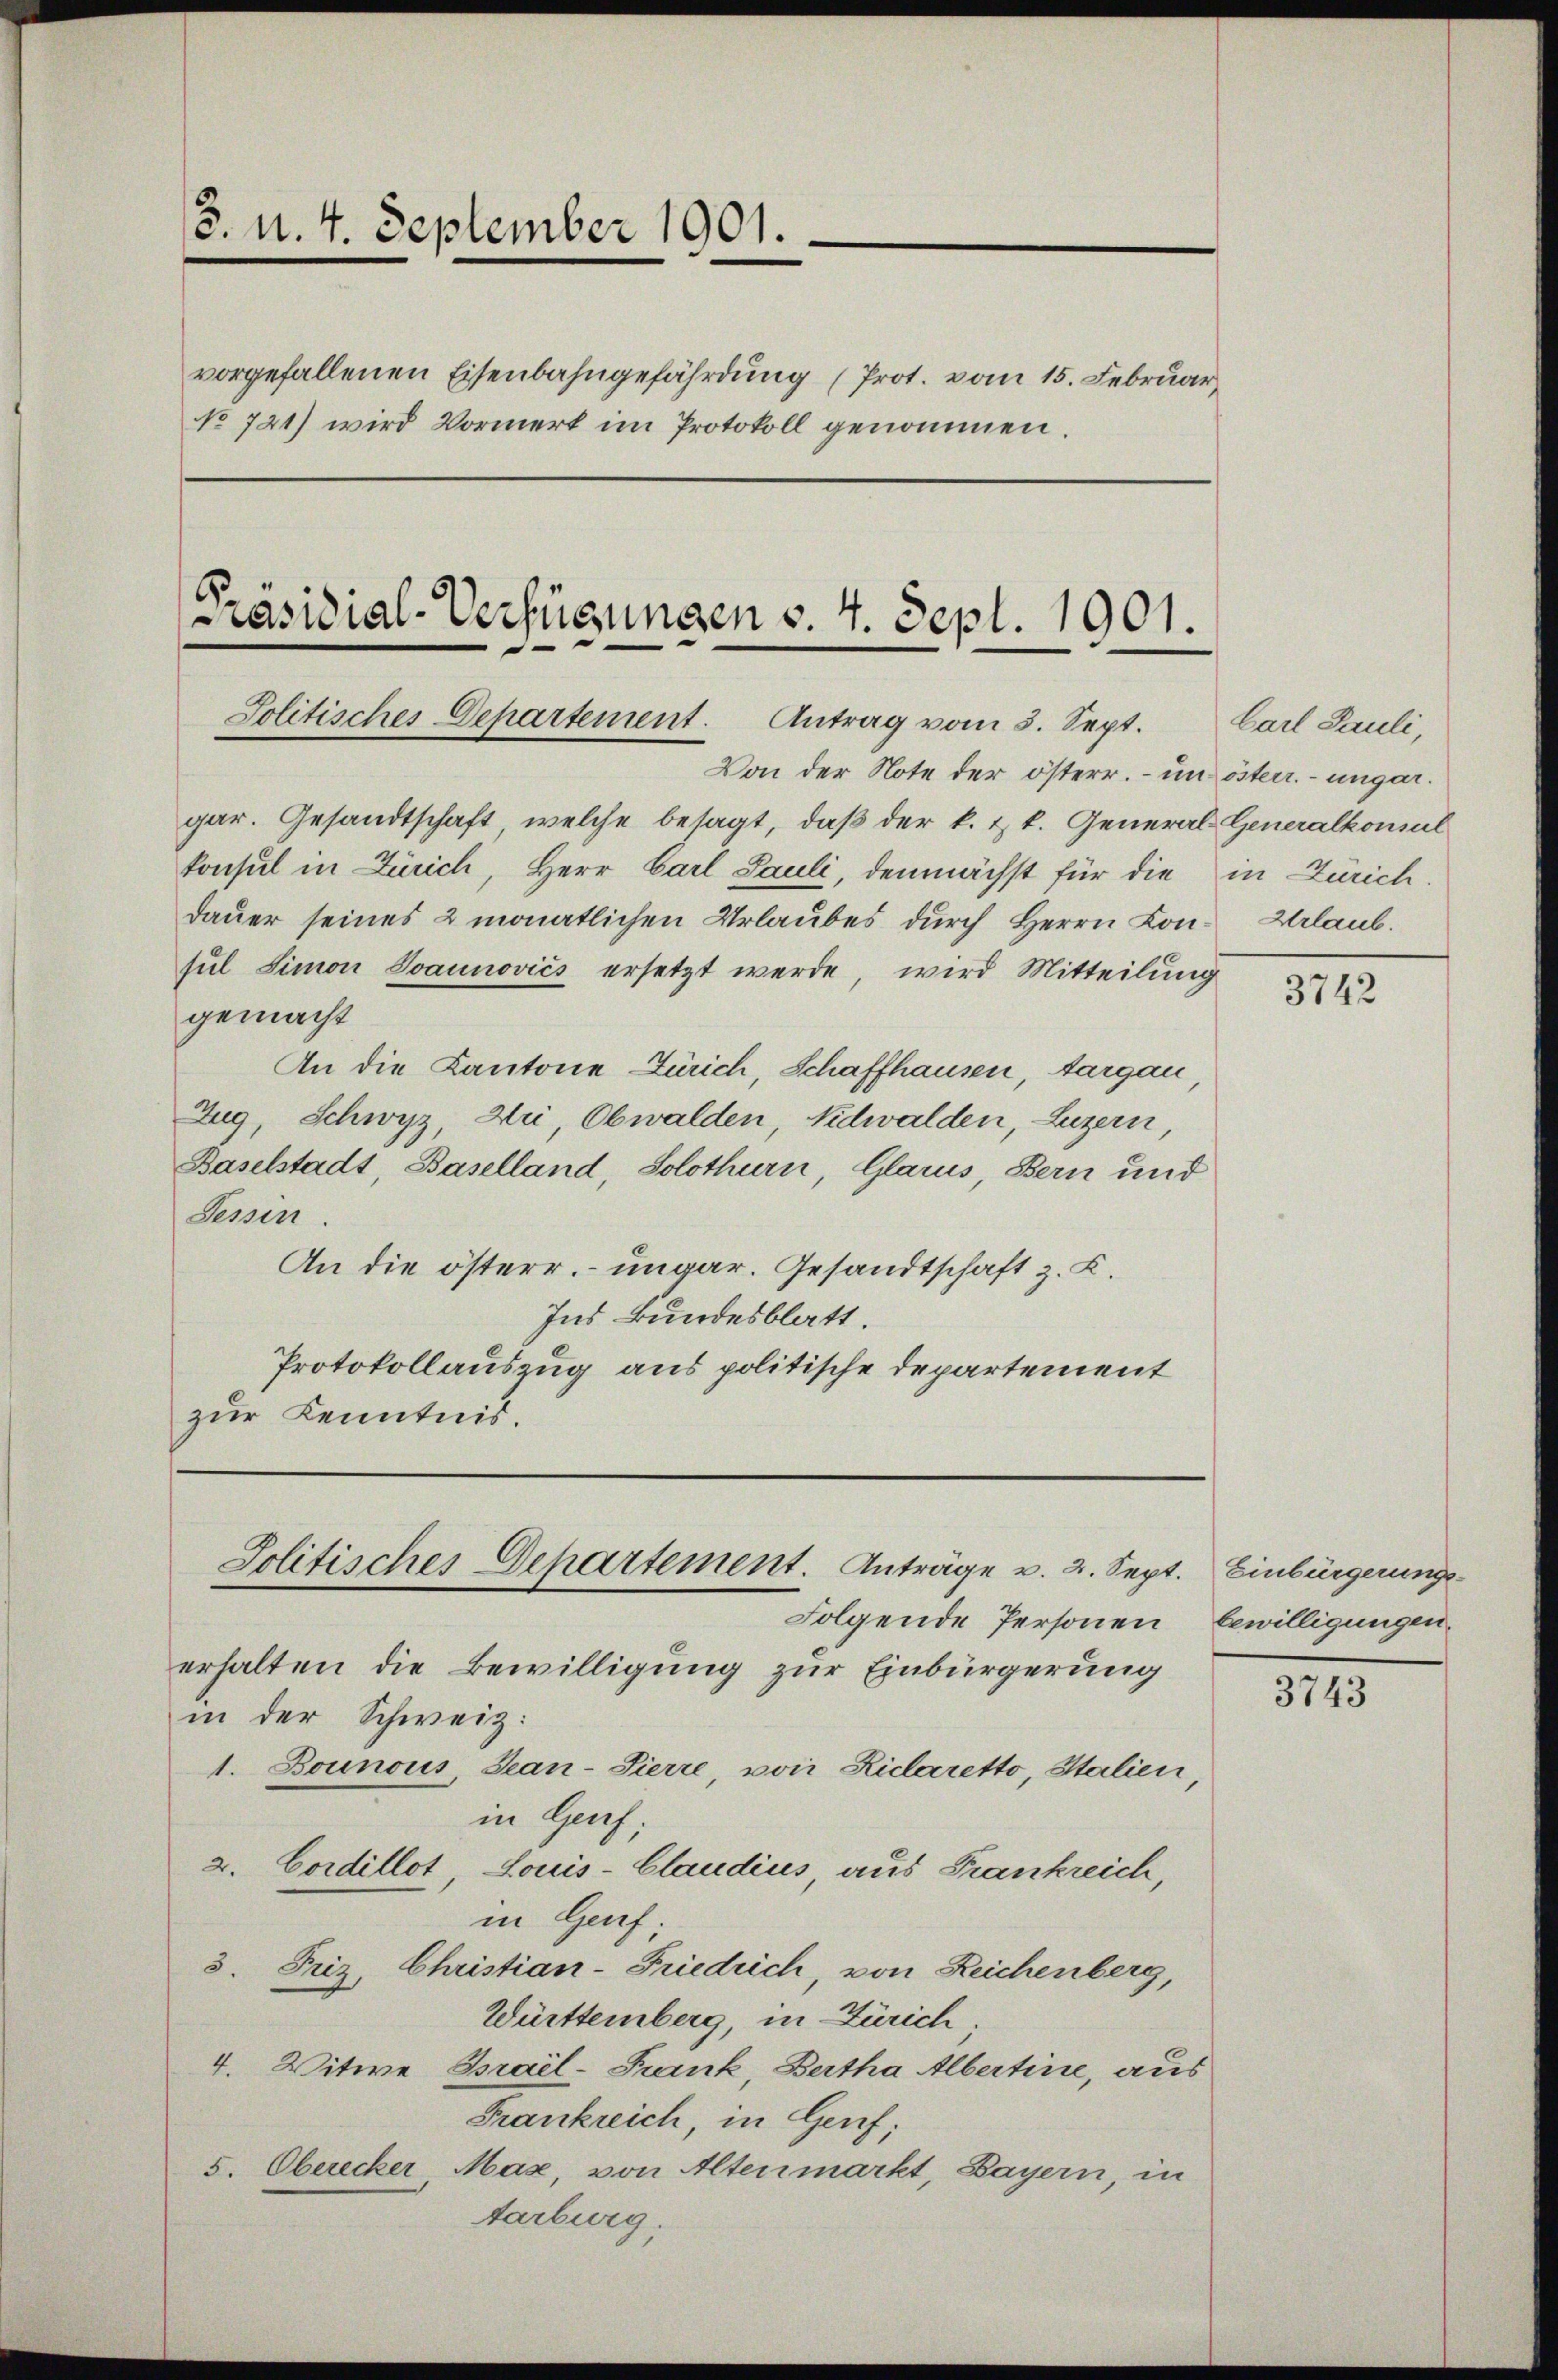
3. d. 4. September 1901.

vorgefallenen Eisenbahngefährdung (Prot. vom 15. Februar,
No 721) wird Vormerk im Protokoll genommen.

[Präsidial-Verfügungen v. 4. Sept. 1901.
Solitisches Departement. Antrag vom 3. Sept. Carl Pauli,

Von der Note der österr. – um österr. ungar.
gar. Gesandtschaft, welche besagt, daß der k. k. General-Generalkonsul
konsul in Zürich, Herr Carl Pauli, demnächst für die in Zürich.
dauer seines 2 monatlichen Urlaubes durch Herrn Lon- Urlaub.
sul Simon Jaunovics ersetzt werde, wird Mitteilung
gemacht
An die Kantone Zürich Schaffhausen, Aargau
Zug, Schwyz, Uri, Obwalden, Nidwalden, Luzern,
Baselstadt, Baselland, Solothurn, Glarus, Bern und
Tessin.
An die österr. ungar. Gesandtschaft z. K.
Ind kundesblatt.
Protokollauszug aus politische Departement
zur Kenntnis.

Folgende Personen bewilligungen,
erhalten die Bewilligung zur Einbürgerung
in der Schweiz:
1. Bounous, Gean-Pierre, von Riclaretto, Italien
in Genf;
2. Cordillot Louis-Claudius, aus Frankreich,
in Genf;
3. Friz. Christian-Friedrich, von Zeichenberg,
Württemberg, in Zürich
4. Witwe Brail-Frank, Bertha Albertine, aus
Frankreich, in Genf;
5. Oberecker Max, von Altenmarkt, Bayern, in
Aarburg.

Jolitisches Departement. Anträge v. 2. Sept. Einbürgerungs¬

3742

3743